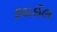
ફદાઈલ